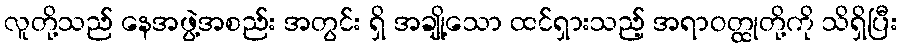
လူတို့သည် နေအဖွဲ့အစည်း အတွင်း ရှိ အချို့သော ထင်ရှားသည့် အရာဝတ္ထုတို့ကို သိရှိပြီး